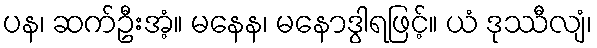
ပန၊ ဆက်ဦးအံ့။ မနေန၊ မနောဒွါရဖြင့်။ ယံ ဒုဿီလျံ၊